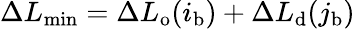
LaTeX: \Delta L_{\mathrm{min}}=\Delta L_{\mathrm{o}}(i_{\mathrm{b}})+\Delta L_{\mathrm{d}}(j_{\mathrm{b}})